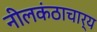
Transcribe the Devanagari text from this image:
नीलकंठाचार्य